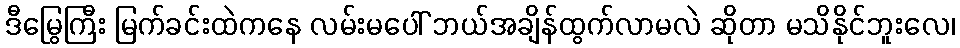
ဒီမြွေကြီး မြက်ခင်းထဲကနေ လမ်းမပေါ် ဘယ်အချိန်ထွက်လာမလဲ ဆိုတာ မသိနိုင်ဘူးလေ၊